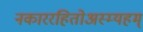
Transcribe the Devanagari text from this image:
नकाररहितोअस्म्यहम्